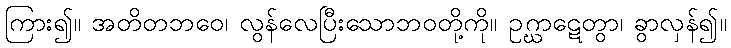
ကြား၍။ အတိတဘဝေ၊ လွန်လေပြီးသောဘဝတို့ကို။ ဥဂ္ဃာဋေတွာ၊ ခွာလှန်၍။